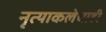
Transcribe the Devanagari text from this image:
नृत्याकलेचाही